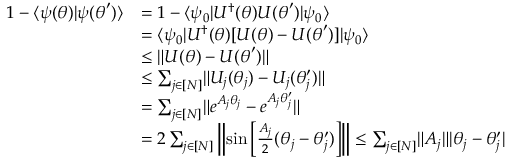
\begin{array} { r l } { 1 - \ensuremath { \langle { \psi ( { \boldsymbol { \theta } } ) } \rvert { \psi ( { \boldsymbol { \theta } } ^ { \prime } ) } \rangle } } & { = 1 - \ensuremath { \langle { \psi _ { 0 } } \rvert } U ^ { \dag } ( { \boldsymbol { \theta } } ) U ( { \boldsymbol { \theta } } ^ { \prime } ) \ensuremath { \lvert { \psi _ { 0 } } \rangle } } \\ & { = \ensuremath { \langle { \psi _ { 0 } } \rvert } U ^ { \dag } ( { \boldsymbol { \theta } } ) [ U ( { \boldsymbol { \theta } } ) - U ( { \boldsymbol { \theta } } ^ { \prime } ) ] \ensuremath { \lvert { \psi _ { 0 } } \rangle } } \\ & { \leq \lVert U ( { \boldsymbol { \theta } } ) - U ( { \boldsymbol { \theta } } ^ { \prime } ) \rVert } \\ & { \leq \sum _ { j \in [ N ] } \lVert U _ { j } ( \theta _ { j } ) - U _ { j } ( \theta _ { j } ^ { \prime } ) \rVert } \\ & { = \sum _ { j \in [ N ] } \lVert e ^ { A _ { j } \theta _ { j } } - e ^ { A _ { j } \theta _ { j } ^ { \prime } } \rVert } \\ & { = 2 \sum _ { j \in [ N ] } \left\lVert \sin \left[ \frac { A _ { j } } { 2 } ( \theta _ { j } - \theta _ { j } ^ { \prime } ) \right] \right\rVert \leq \sum _ { j \in [ N ] } \lVert A _ { j } \rVert | \theta _ { j } - \theta _ { j } ^ { \prime } | } \end{array}